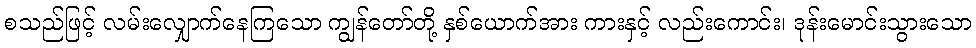
စသည်ဖြင့် လမ်းလျှောက်နေကြသော ကျွန်တော်တို့ နှစ်ယောက်အား ကားနှင့် လည်းကောင်း၊ ဒုန်းမောင်းသွားသော